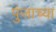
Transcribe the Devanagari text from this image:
पुंजाच्या